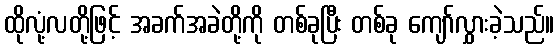
ထိုလုံ့လတို့ဖြင့် အခက်အခဲတို့ကို တစ်ခုပြီး တစ်ခု ကျော်လွှားခဲ့သည်။